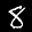
Label: 8